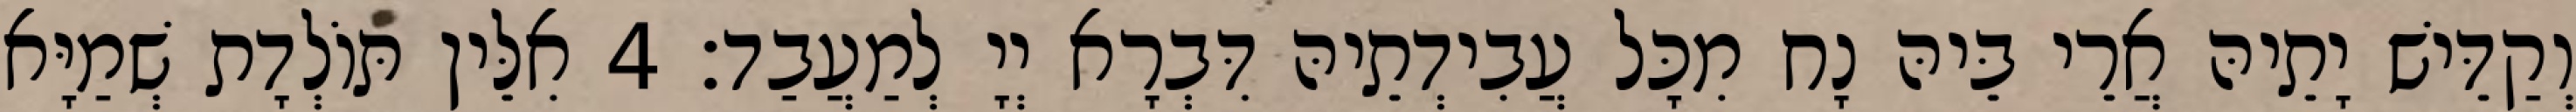
וְקַדֵּישׁ יָתֵיהּ אֲרֵי בֵּיהּ נָח מִכָּל עֲבִידְתֵיהּ דִּבְרָא יְיָ לְמַעֲבַד׃ 4 אִלֵּין תּוֹלְדָת שְׁמַיָּא